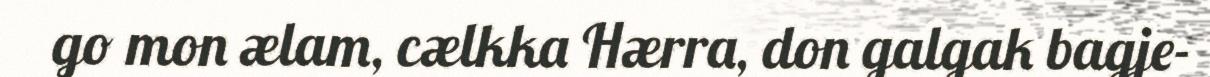
go mon ælam, cælkka Hærra, don galgak bagje-